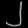
Digit: ၂